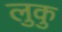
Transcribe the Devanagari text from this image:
लुकु